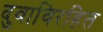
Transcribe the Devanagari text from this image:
दुवाविरहित